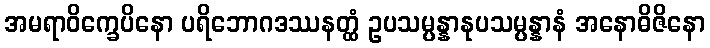
အမရာဝိက္ခေပိနော ပရိဘောဂဒဿနတ္ထံ ဥပသမ္ပန္နာနုပသမ္ပန္နာနံ အနောဓိဇိနော